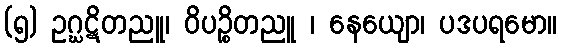
(၅) ဥဂ္ဃဋိတညူ၊ ဝိပဉ္စိတညူ ၊ နေယျော၊ ပဒပရမော။